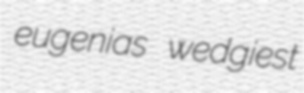
eugenias wedgiest